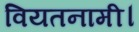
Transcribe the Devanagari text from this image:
वियतनामी।